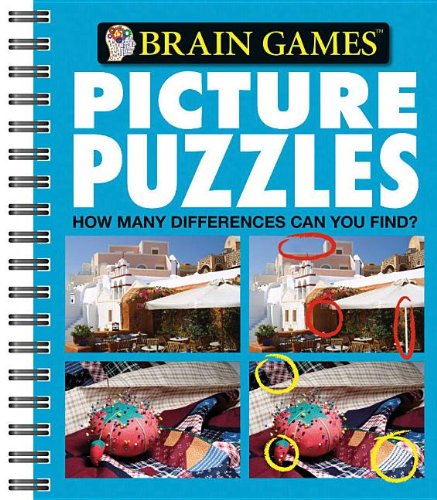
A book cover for Brain Games Picture Puzzles #4: How Many Differences Can You Find?; Editors Of Publications International; Humor & Entertainment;